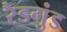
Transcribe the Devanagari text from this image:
रैडगुंड